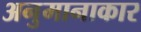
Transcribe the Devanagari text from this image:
अनुमानाकार